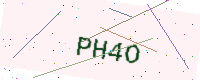
Text: PH4O